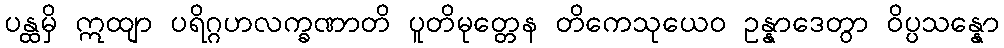
ပန္ထမှိ ဣထျာ ပရိဂ္ဂဟလက္ခဏာတိ ပူတိမုတ္တေန တိကေသုယေဝ ဥန္နာဒေတွာ ဝိပ္ပသန္နော